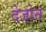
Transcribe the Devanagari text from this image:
देजोन